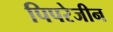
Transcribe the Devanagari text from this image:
पिपरेजीन